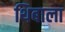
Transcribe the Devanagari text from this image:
थिबाला